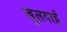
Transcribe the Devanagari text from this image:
खुलवाईं